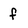
Character: f